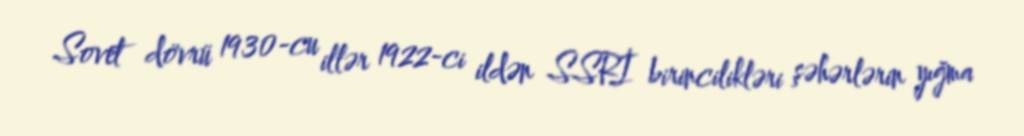
Sovet dövrü 1930-cu illər 1922-ci ildən SSRİ birincilikləri şəhərlərin yığma